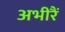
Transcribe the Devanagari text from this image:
अभीरैं